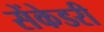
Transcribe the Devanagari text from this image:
सेंकेडरी